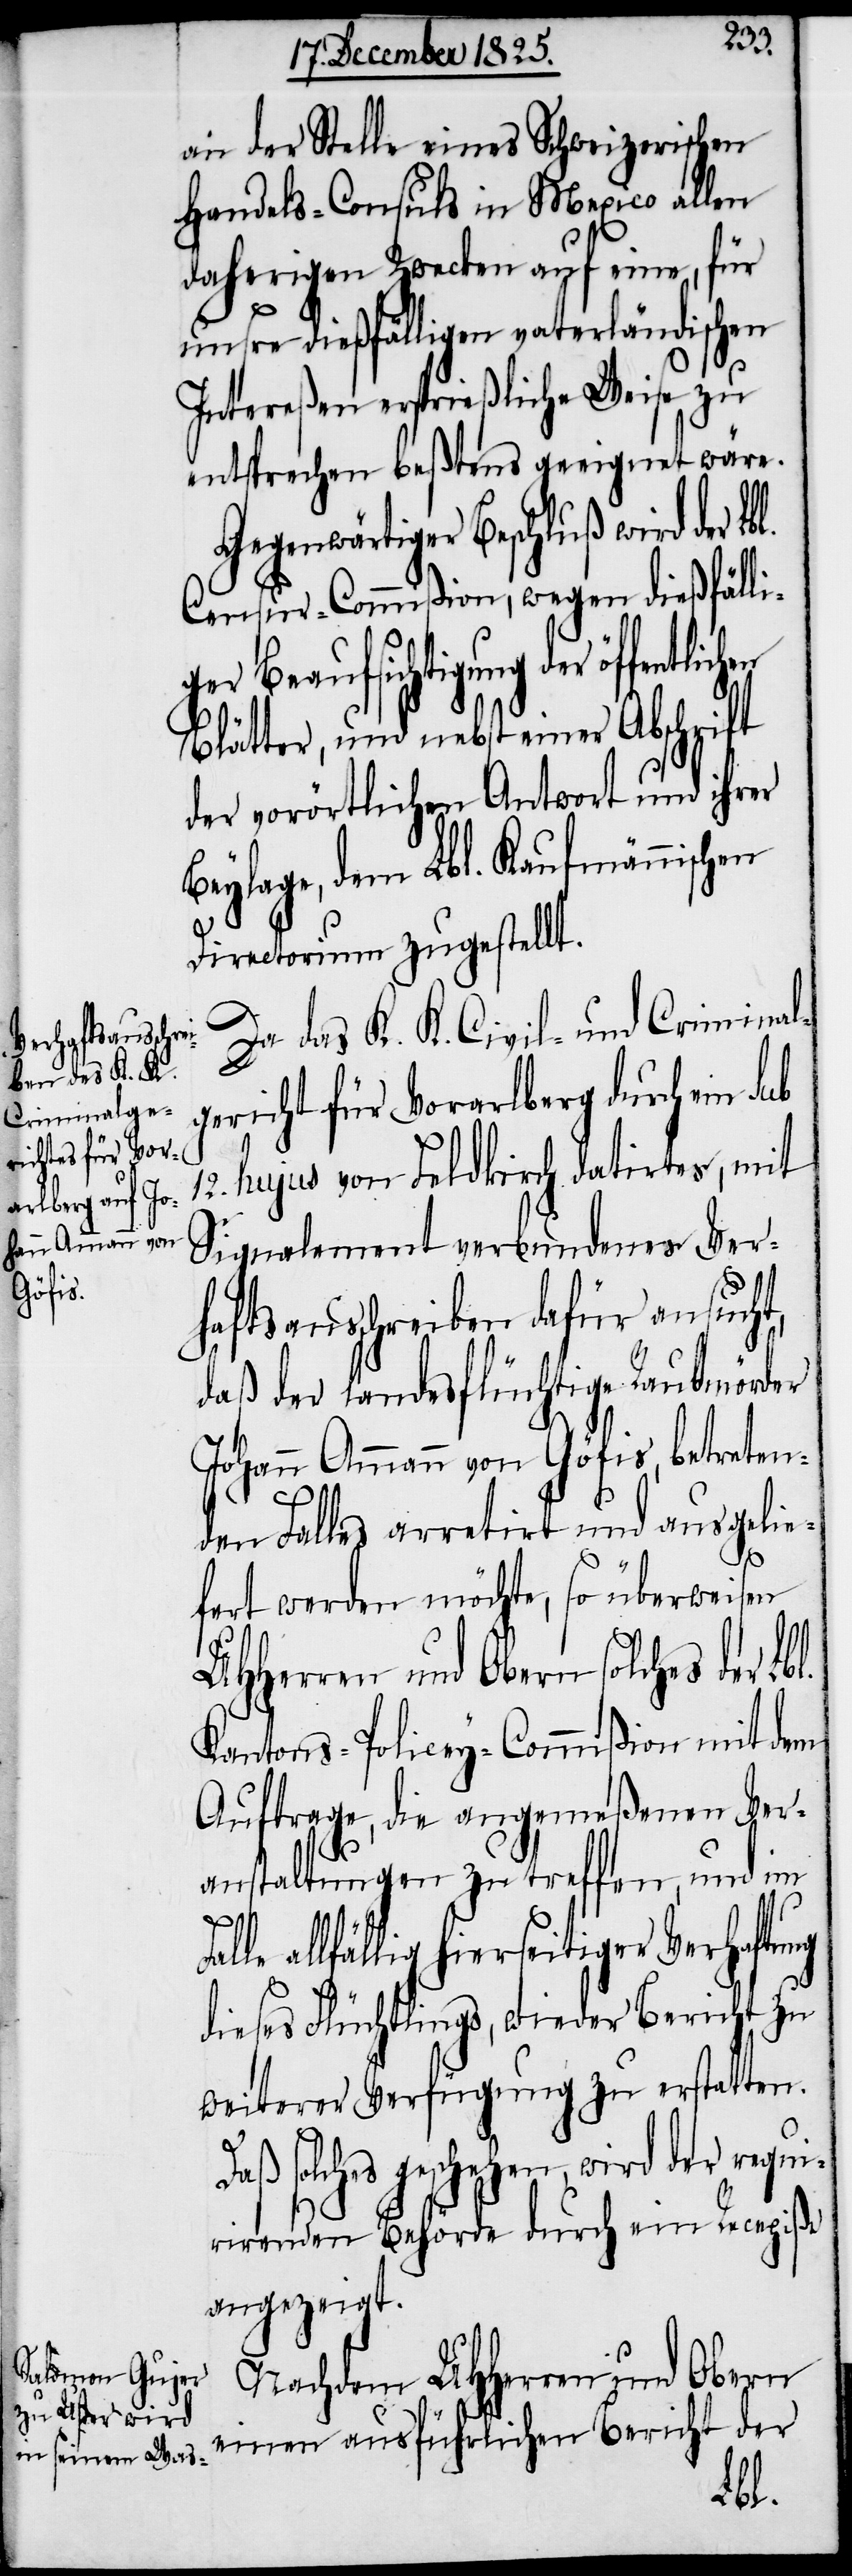
an der Stelle eines Schweizerischen
Handels-Consuls in Mexico allen
daherigen Zwecken auf eine, für
unser dießfälligen vaterländischen
Intereßen ersprießliche Weise zu
entsprechen beßtens geeignet wäre.
Gegenwärtiger Beschluß wird der L¬
Censur-Commißion, wegen dießfälli¬
ger Beaufsichtigung der öffentl¬
Blätter, und nebst einer Abschrift
der vorörtlichen Antwort und ihrer
Beylage, dem Lbl. Kaufmännischen
Directorium zugestellt.
Da das K. K. Civil- und Criminal¬
gericht für Vorarlberg durch ein sub
12. hujus von Feldkirch datirtes, mit
Signalement verbundenes Ver¬
haftsausschreiben dafür ansucht,
daß der landesflüchtige Raubmörder
Johann Amman von Göfis, betreten¬
den Falles arretirt und ausgelie¬
ichen
fert werden möchte, so überweisen
UHHerren und Obern solches der
Kantons-Policey-Commißion mit dem
Auftrage, die angemeßenen Ver¬
anstaltungen zutreffen, und im
allfällig hierseitiger Verhaftung
dieses Flüchtlings, wieder Bericht zu
weiterer Verfügung zu erstatten.
Daß solches geschehen, wird der requi¬
rirenden Behörde durch ein Recepiße
angezeigt.
Nachdem UHHerren und Obern
einen ausführlichen Bericht der
Lbl.